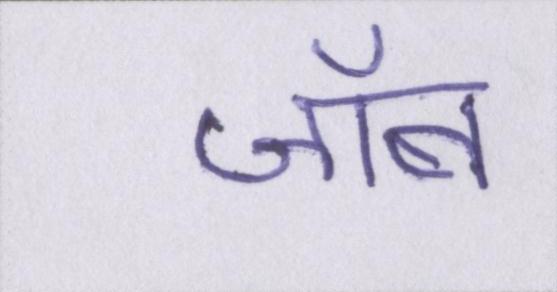
जॉब